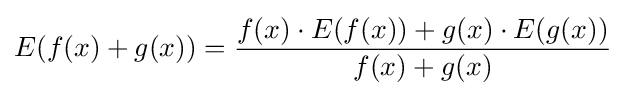
E(f(x)+g(x))={\frac {f(x)\cdot E(f(x))+g(x)\cdot E(g(x))}{f(x)+g(x)}}